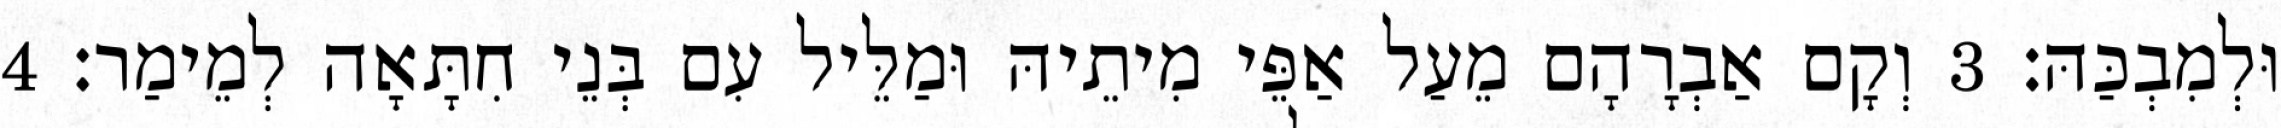
וּלְמִבְכַּהּ׃ 3 וְקָם אַבְרָהָם מֵעַל אַפֵּי מִיתֵיהּ וּמַלֵּיל עִם בְּנֵי חִתָּאָה לְמֵימַר׃ 4